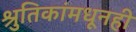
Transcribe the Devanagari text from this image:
श्रुतिकांमधूनही